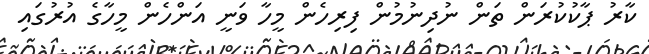
ކާރު ޕާކުކުރަން ތަން ނުދިނުމުން ފިރިހެން މީހާ ވަނީ އަންހެން މީހާގެ އުރުގައި